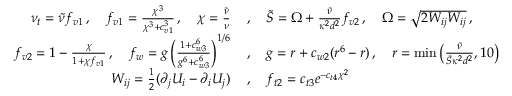
\begin{array} { r l } { \nu _ { t } = \Tilde { \nu } f _ { v 1 } \, , \quad f _ { v 1 } = \frac { \chi ^ { 3 } } { \chi ^ { 3 } + c _ { v 1 } ^ { 3 } } \, , \quad \chi = \frac { \Tilde { \nu } } { \nu } \, } & { , \quad \Tilde { S } = \Omega + \frac { \Tilde { \nu } } { \kappa ^ { 2 } d ^ { 2 } } f _ { v 2 } \, , \quad \Omega = \sqrt { 2 W _ { i j } W _ { i j } } \, , } \\ { f _ { v 2 } = 1 - \frac { \chi } { 1 + \chi f _ { v 1 } } \, , \quad f _ { w } = g \left( \frac { 1 + c _ { w 3 } ^ { 6 } } { g ^ { 6 } + c _ { w 3 } ^ { 6 } } \right) ^ { 1 / 6 } \, } & { , \quad g = r + c _ { w 2 } ( r ^ { 6 } - r ) \, , \quad r = \operatorname* { m i n } \left( \frac { \Tilde { \nu } } { \Tilde { S } \kappa ^ { 2 } d ^ { 2 } } , 1 0 \right) } \\ { W _ { i j } = \frac { 1 } { 2 } ( \partial _ { j } U _ { i } - \partial _ { i } U _ { j } ) \, } & { , \quad f _ { t 2 } = c _ { t 3 } e ^ { - c _ { t 4 } \chi ^ { 2 } } } \end{array}